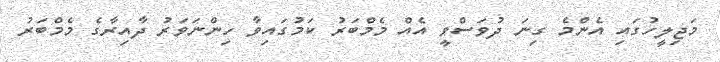
މަޖިލީހުގައި އެންމެ ގިނަ ދުވަސްވީ އެއް މެމްބަރު ކަމުގައިވާ ހިންނަވަރު ދާއިރާގެ މެމްބަރު